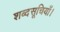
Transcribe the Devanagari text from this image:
शब्दसूचियाँ।